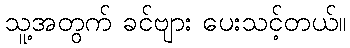
သူ့အတွက် ခင်ဗျား ပေးသင့်တယ်။